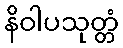
နိဝါပသုတ္တံ